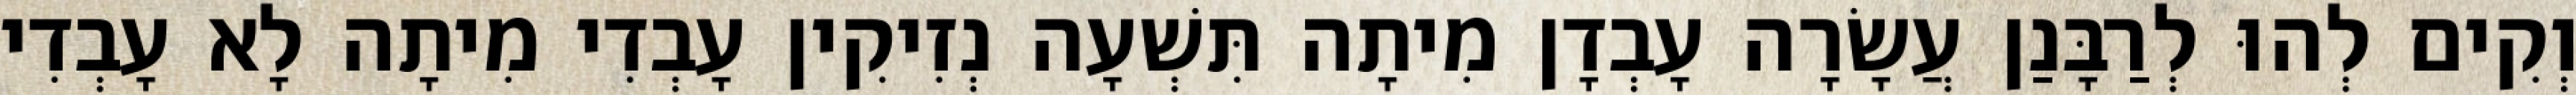
וְקִים לְהוּ לְרַבָּנַן עֲשָׂרָה עָבְדָן מִיתָה תִּשְׁעָה נְזִיקִין עָבְדִי מִיתָה לָא עָבְדִי